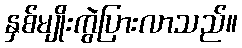
နှစ်မျိုးကွဲပြားလာသည်။